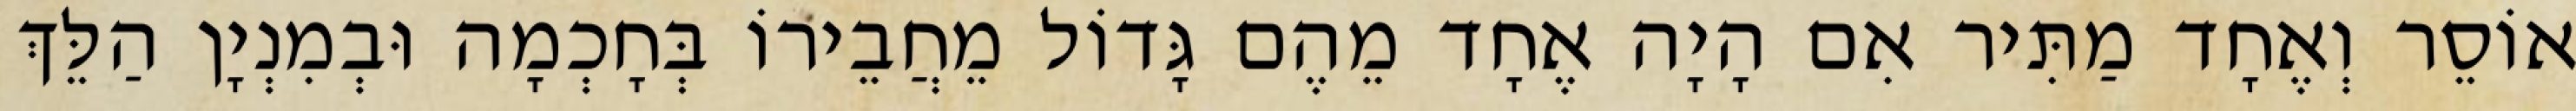
אוֹסֵר וְאֶחָד מַתִּיר אִם הָיָה אֶחָד מֵהֶם גָּדוֹל מֵחֲבֵירוֹ בְּחָכְמָה וּבְמִנְיָן הַלֵּךְ